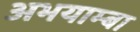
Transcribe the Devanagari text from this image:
अभयाम्बा